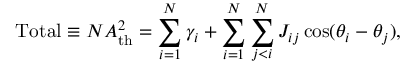
\mathrm { T o t a l } \equiv N A _ { \mathrm { t h } } ^ { 2 } = \sum _ { i = 1 } ^ { N } \gamma _ { i } + \sum _ { i = 1 } ^ { N } \sum _ { j < i } ^ { N } J _ { i j } \cos ( \theta _ { i } - \theta _ { j } ) ,